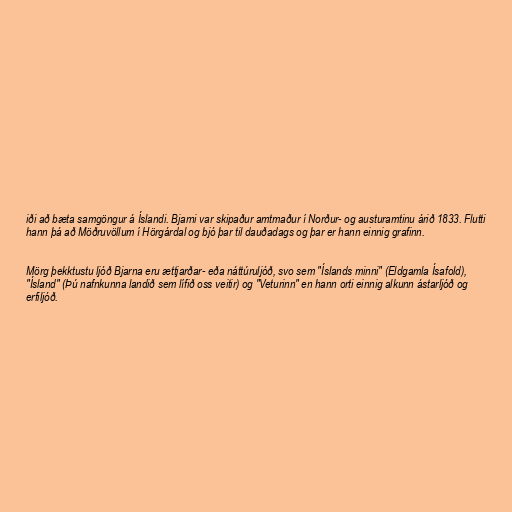
iði að bæta samgöngur á Íslandi. Bjarni var skipaður amtmaður í Norður- og austuramtinu árið 1833. Flutti
hann þá að Möðruvöllum í Hörgárdal og bjó þar til dauðadags og þar er hann einnig grafinn.

Mörg þekktustu ljóð Bjarna eru ættjarðar- eða náttúruljóð, svo sem "Íslands minni" (Eldgamla Ísafold),
"Ísland" (Þú nafnkunna landið sem lífið oss veitir) og "Veturinn" en hann orti einnig alkunn ástarljóð og
erfiljóð.